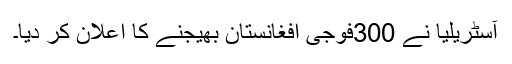
آسٹریلیا نے 300فوجی افغانستان بھیجنے کا اعلان کر دیا۔